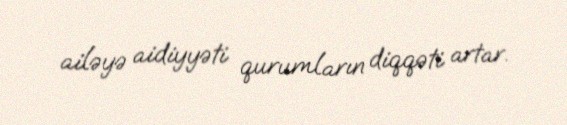
ailəyə aidiyyəti qurumların diqqəti artar.